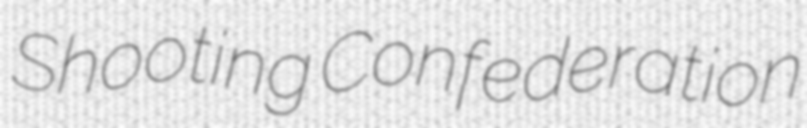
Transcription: Shooting Confederation